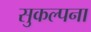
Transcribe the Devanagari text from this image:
सुकल्पना